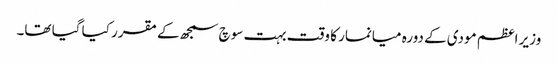
وزیر اعظم مودی کے دورہ میانمار کا وقت بہت سوچ سمجھ کے مقرر کیا گیا تھا۔